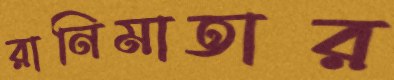
রানিমাতার